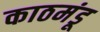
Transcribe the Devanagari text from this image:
काठमंडू